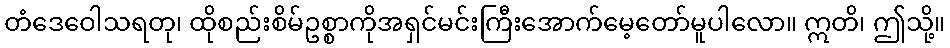
တံဒေဝေါသရတု၊ ထိုစည်းစိမ်ဥစ္စာကိုအရှင်မင်းကြီးအောက်မေ့တော်မူပါလော။ ဣတိ၊ ဤသို့။